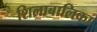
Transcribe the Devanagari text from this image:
शिलाबालिका